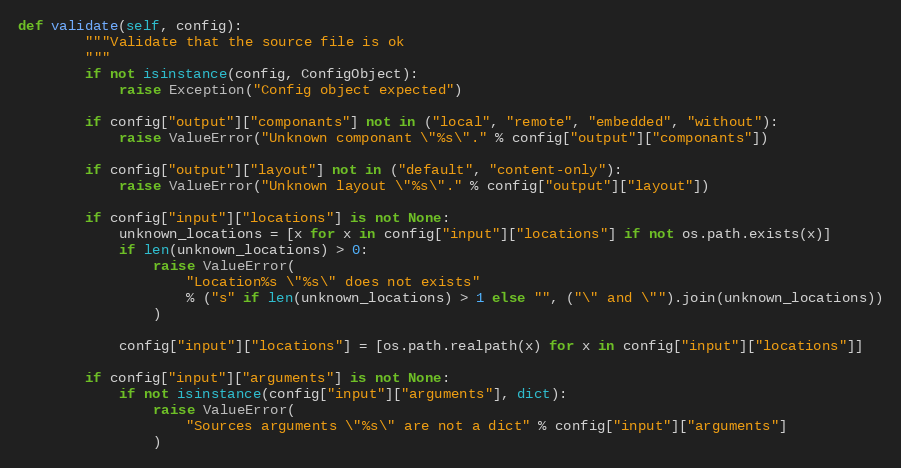
Language: Python
def validate(self, config):
        """Validate that the source file is ok
        """
        if not isinstance(config, ConfigObject):
            raise Exception("Config object expected")

        if config["output"]["componants"] not in ("local", "remote", "embedded", "without"):
            raise ValueError("Unknown componant \"%s\"." % config["output"]["componants"])

        if config["output"]["layout"] not in ("default", "content-only"):
            raise ValueError("Unknown layout \"%s\"." % config["output"]["layout"])

        if config["input"]["locations"] is not None:
            unknown_locations = [x for x in config["input"]["locations"] if not os.path.exists(x)]
            if len(unknown_locations) > 0:
                raise ValueError(
                    "Location%s \"%s\" does not exists"
                    % ("s" if len(unknown_locations) > 1 else "", ("\" and \"").join(unknown_locations))
                )

            config["input"]["locations"] = [os.path.realpath(x) for x in config["input"]["locations"]]

        if config["input"]["arguments"] is not None:
            if not isinstance(config["input"]["arguments"], dict):
                raise ValueError(
                    "Sources arguments \"%s\" are not a dict" % config["input"]["arguments"]
                )